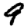
Digit: 9